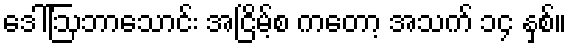
ဒေါ်ဩဘာသောင်း အငြိမ့်စ ကတော့ အသက် ၁၄ နှစ်။